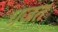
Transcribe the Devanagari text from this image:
धजत